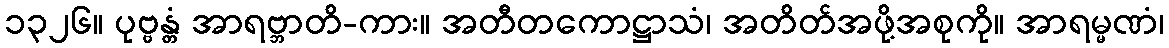
၁၃၂၆။ ပုဗ္ဗန္တံ အာရဗ္ဘာတိ-ကား။ အတီတကောဋ္ဌာသံ၊ အတိတ်အဖို့အစုကို။ အာရမ္မဏံ၊